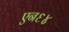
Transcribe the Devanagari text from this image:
एन६४